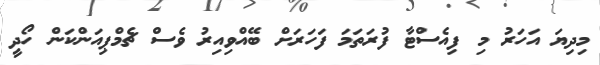
މިދިޔަ އަހަރު މި ފިއެސްޓާ ފުރަތަމަ ފަހަރަށް ބޭއްވިއިރު ވެސް ޗެމްޕިއަންކަން ހޯދީ